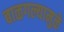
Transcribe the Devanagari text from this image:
बाळगल्यामुळे